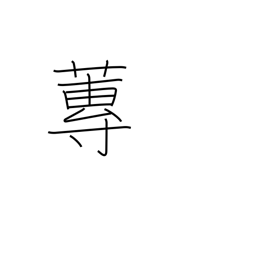
Meaning: type of water plant